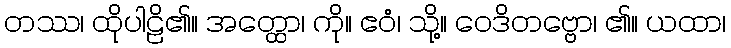
တဿ၊ ထိုပါဠိ၏။ အတ္ထော၊ ကို။ ဧဝံ၊ သို့။ ဝေဒိတဗ္ဗော၊ ၏။ ယထာ၊